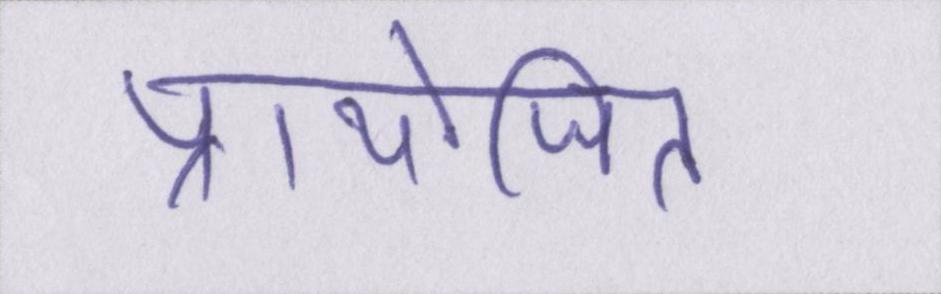
प्रायोजित